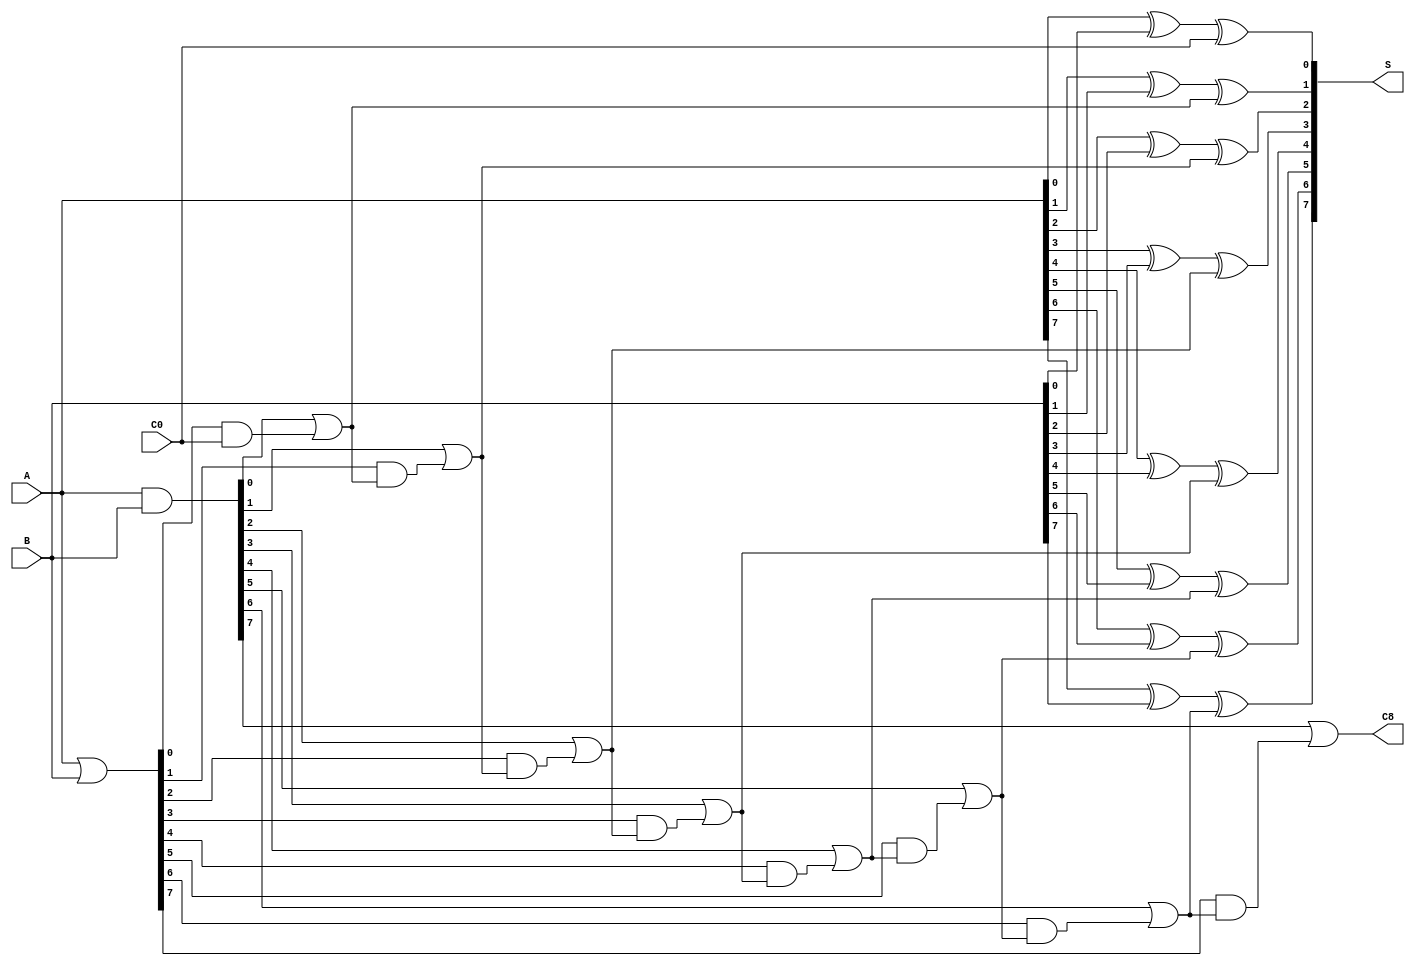
module eight_bit_cla(A, B, C0, S, C8);

input[7:0] A, B;
input C0;
output[7:0] S;
output C8;

wire[7:0] G, P;
wire C1, C2, C3, C4, C5, C6, C7;

assign G = A & B;
assign P = A | B;

assign C1 = G[0] | (P[0] & C0);
assign C2 = G[1] | (P[1] & C1);
assign C3 = G[2] | (P[2] & C2);
assign C4 = G[3] | (P[3] & C3);
assign C5 = G[4] | (P[4] & C4);
assign C6 = G[5] | (P[5] & C5);
assign C7 = G[6] | (P[6] & C6);
assign C8 = G[7] | (P[7] & C7);

assign S[0] = A[0] ^ B[0] ^ C0;
assign S[1] = A[1] ^ B[1] ^ C1;
assign S[2] = A[2] ^ B[2] ^ C2;
assign S[3] = A[3] ^ B[3] ^ C3;
assign S[4] = A[4] ^ B[4] ^ C4;
assign S[5] = A[5] ^ B[5] ^ C5;
assign S[6] = A[6] ^ B[6] ^ C6;
assign S[7] = A[7] ^ B[7] ^ C7;

endmodule